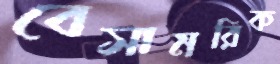
বেসামরিক